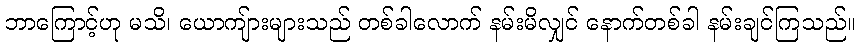
ဘာကြောင့်ဟု မသိ၊ ယောကျ်ားများသည် တစ်ခါလောက် နမ်းမိလျှင် နောက်တစ်ခါ နမ်းချင်ကြသည်။